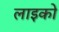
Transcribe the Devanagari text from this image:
लाइको